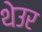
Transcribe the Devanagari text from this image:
थेउर